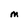
Character: M